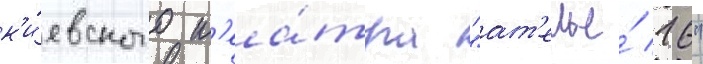
к'и́евского т'еа́тра "ат'елье́ 16"